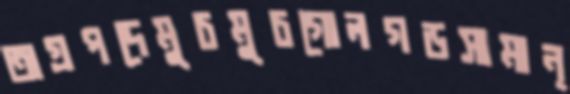
অগ্রপদেমুচমুচগোলগড়সামান্